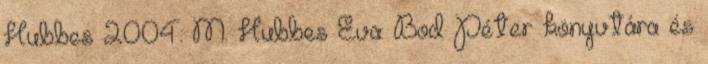
Hubbes 2004: M. Hubbes Éva: Bod Péter könyvtára és